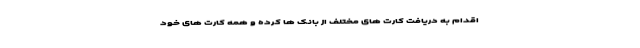
اقدام به دریافت کارت های مختلف از بانک ها کرده و همه کارت های خود